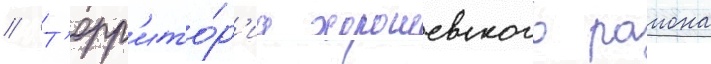
// Т'ерр'ито́р'иа хорошевского раиона